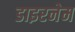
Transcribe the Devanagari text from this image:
डाइरनेम